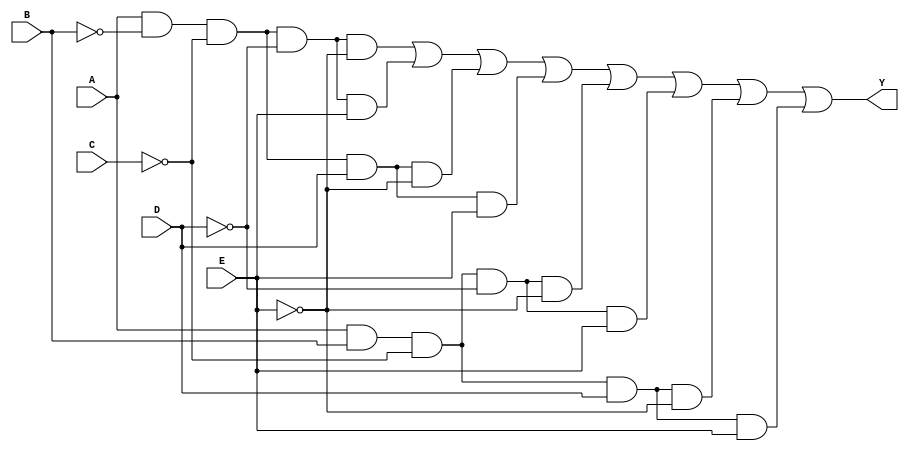
module five_variable_kmap (
    input wire A,  // Input variable A
    input wire B,  // Input variable B
    input wire C,  // Input variable C
    input wire D,  // Input variable D
    input wire E,  // Input variable E
    output wire Y  // Output variable Y
);

// Define the logic function based on the K-map
// Assuming the following minterms are 1: m0, m1, m2, m3, m8, m9, m10, m11
// This corresponds to the truth table for the given function
assign Y = (A & ~B & ~C & ~D & ~E) | // m0
           (A & ~B & ~C & ~D & E)  | // m1
           (A & ~B & ~C & D & ~E)  | // m2
           (A & ~B & ~C & D & E)   | // m3
           (A & B & ~C & ~D & ~E)  | // m8
           (A & B & ~C & ~D & E)   | // m9
           (A & B & ~C & D & ~E)   | // m10
           (A & B & ~C & D & E);    // m11

endmodule